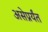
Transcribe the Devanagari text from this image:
असेप्रर्यंत